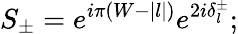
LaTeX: S_{\pm}=e^{i\pi(W-|l|)}e^{2i\delta_{l}^{\pm}};